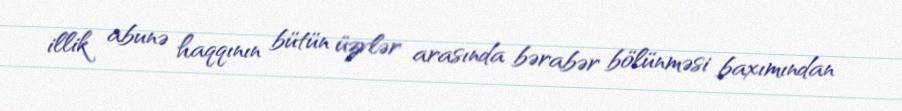
illik abunə haqqının bütün üzvlər arasında bərabər bölünməsi baxımından